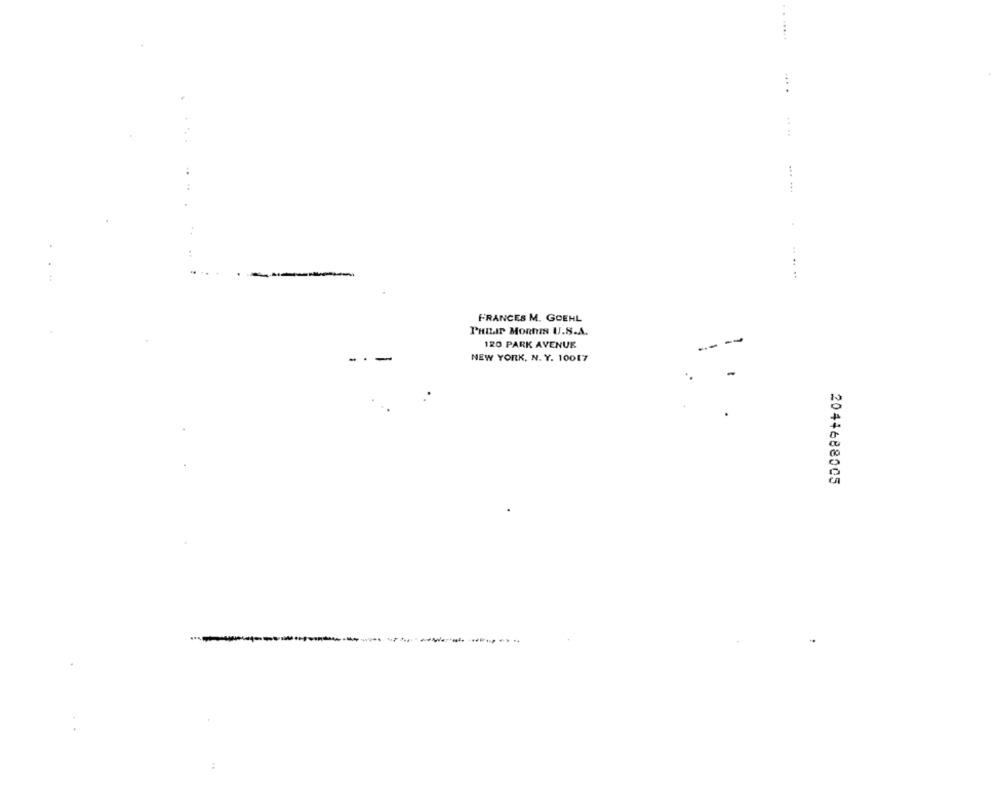
... .
.. ..
... ...
.. .....
FRANCES M. GOEHL
PHILIP MORRIS U.S.A.
--
120 PARK AVENUE
NEW YORK, N. Y. 10017
2044688005